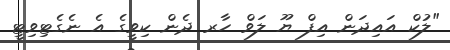
"ލުކް އައިދަން އިފް ޔޫ ލަވް ހާރ ދެން ކިވީގެ އެ ނެގެޓިވިޓީ